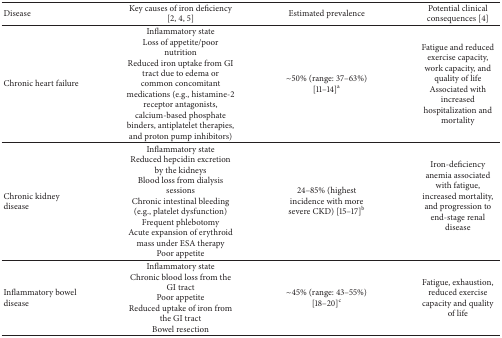
<table><thead><tr><td><b>Disease</b></td><td><b>Key causes of iron deficiency [2, 4, 5]</b></td><td><b>Estimated prevalence </b></td><td><b>Potential clinical consequences [4]</b></td></tr></thead><tbody><tr><td>Chronic heart failure</td><td>Inflammatory stateLoss of appetite/poor nutritionReduced iron uptake from GI tract due to edema or common concomitant medications (e.g., histamine-2 receptor antagonists, calcium-based phosphate binders, antiplatelet therapies, and proton pump inhibitors)</td><td>~50% (range: 37–63%) [11–14]<sup>a</sup></td><td>Fatigue and reduced exercise capacity, work capacity, and quality of lifeAssociated with increased hospitalization and mortality</td></tr><tr><td>Chronic kidney disease</td><td>Inflammatory state Reduced hepcidin excretion by the kidneysBlood loss from dialysis sessionsChronic intestinal bleeding (e.g., platelet dysfunction)Frequent phlebotomyAcute expansion of erythroid mass under ESA therapyPoor appetite</td><td>24–85% (highest incidence with more severe CKD) [15–17]<sup>b</sup></td><td>Iron-deficiency anemia associated with fatigue, increased mortality, and progression to end-stage renal disease</td></tr><tr><td>Inflammatory bowel disease</td><td>Inflammatory stateChronic blood loss from the GI tract Poor appetite Reduced uptake of iron from the GI tractBowel resection</td><td>~45% (range: 43–55%) [18–20]<sup>c</sup></td><td>Fatigue, exhaustion, reduced exercise capacity and quality of life</td></tr></tbody></table>